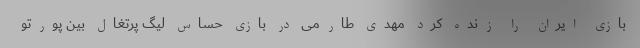
بازی ایران را زنده کرد مهدی طارمی در بازی حساس لیگ پرتغال بین پورتو